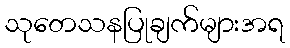
သုတေသနပြုချက်များအရ